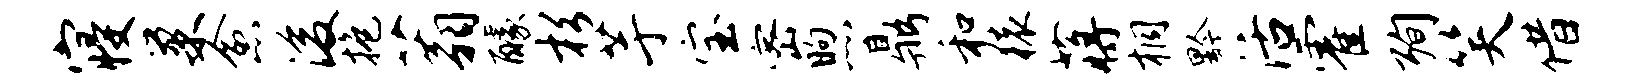
寝巢愈浚抱蓊醵杉芋宝密煦鼎和猿蒋桐黔活霍殉笑借